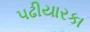
પઢીયારકા